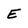
Character: E